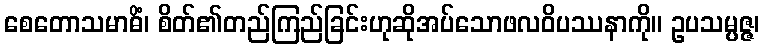
စေတောသမာဓိံ၊ စိတ်၏တည်ကြည်ခြင်းဟုဆိုအပ်သောဖလဝိပဿနာကို။ ဥပသမ္ပဇ္ဇ၊